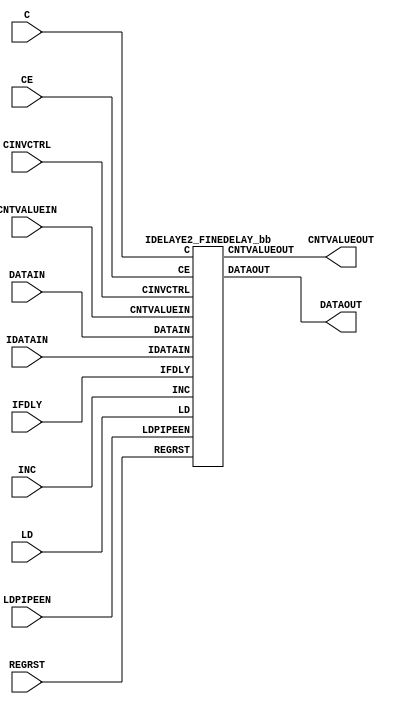
///////////////////////////////////////////////////////////////////////////////
// Copyright (c) 1995/2015 Xilinx, Inc.
// All Right Reserved.
///////////////////////////////////////////////////////////////////////////////
//   ____  ____
//  /   /\/   /
// /___/  \  /    Vendor : Xilinx
// \   \   \/     Version : 2015.4
//  \   \         Description : Xilinx Formal Library Component
//  /   /                  Input Fixed or Variable Delay Element with Fine Adjustment.
// /___/   /\     Filename : IDELAYE2_FINEDELAY.v
// \   \  /  \
//  \___\/\___\
//
///////////////////////////////////////////////////////////////////////////////
// Revision:
//    02/15/11 - Initial version.
//    10/31/14 - Added inverter functionality for IS_*_INVERTED parameter (CR 828995).
// End Revision
///////////////////////////////////////////////////////////////////////////////

`timescale  1 ps / 1 ps

`celldefine

module IDELAYE2_FINEDELAY (
  CNTVALUEOUT,
  DATAOUT,

  C,
  CE,
  CINVCTRL,
  CNTVALUEIN,
  DATAIN,
  IDATAIN,
  IFDLY,
  INC,
  LD,
  LDPIPEEN,
  REGRST
);

    parameter CINVCTRL_SEL = "FALSE";
    parameter DELAY_SRC = "IDATAIN";
    parameter FINEDELAY = "BYPASS";
    parameter HIGH_PERFORMANCE_MODE    = "FALSE";
    parameter IDELAY_TYPE  = "FIXED";
    parameter integer IDELAY_VALUE = 0;
    parameter [0:0] IS_C_INVERTED = 1'b0;
    parameter [0:0] IS_DATAIN_INVERTED = 1'b0;
    parameter [0:0] IS_IDATAIN_INVERTED = 1'b0;
    parameter PIPE_SEL = "FALSE";
    parameter real REFCLK_FREQUENCY = 200.0;
    parameter SIGNAL_PATTERN    = "DATA";

`ifdef XIL_TIMING
    parameter LOC = "UNPLACED";
    parameter integer SIM_DELAY_D = 0;
`endif // ifdef XIL_TIMING

    output [4:0] CNTVALUEOUT;
    output DATAOUT;

    input C;
    input CE;
    input CINVCTRL;
    input [4:0] CNTVALUEIN;
    input DATAIN;
    input IDATAIN;
    input [2:0] IFDLY;
    input INC;
    input LD;
    input LDPIPEEN;
    input REGRST;

   wire C_in;
   wire DATAIN_in;
   wire IDATAIN_in;

   assign C_in = IS_C_INVERTED ^ C;
   assign DATAIN_in = IS_DATAIN_INVERTED ^ DATAIN;
   assign IDATAIN_in = IS_IDATAIN_INVERTED ^ IDATAIN;

   IDELAYE2_FINEDELAY_bb inst_bb (
                  .CNTVALUEOUT(CNTVALUEOUT),
                  .DATAOUT(DATAOUT),
                  .C(C_in),
                  .CE(CE),
                  .CINVCTRL(CINVCTRL),
                  .CNTVALUEIN(CNTVALUEIN),
                  .DATAIN(DATAIN_in),
                  .IDATAIN(IDATAIN_in),
                  .IFDLY(IFDLY),
                  .INC(INC),
                  .LD(LD),
                  .LDPIPEEN(LDPIPEEN),
                  .REGRST(REGRST)
                  );

endmodule

module IDELAYE2_FINEDELAY_bb (
    output [4:0] CNTVALUEOUT,
    output DATAOUT,

    input C,
    input CE,
    input CINVCTRL,
    input [4:0] CNTVALUEIN,
    input DATAIN,
    input IDATAIN,
    input [2:0] IFDLY,
    input INC,
    input LD,
    input LDPIPEEN,
    input REGRST
);

endmodule

`endcelldefine